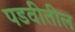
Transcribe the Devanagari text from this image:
पडवीतील